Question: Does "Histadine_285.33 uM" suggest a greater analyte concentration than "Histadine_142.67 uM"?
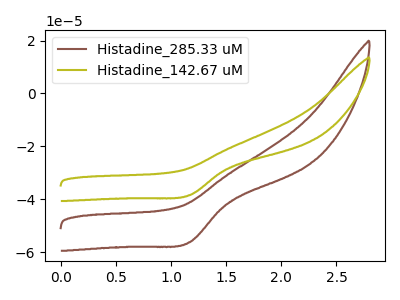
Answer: <think>The brown curve "Histadine_285.33 uM" has a cathodic peak at: (1.15V, -56.25uA). The olive curve "Histadine_142.67 uM" has a cathodic peak at: (1.15V, -38.45uA).
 All the peaks in "Histadine_285.33 uM" have a peak in "Histadine_142.67 uM" at the same potential. Every peak in "Histadine_285.33 uM" is higher than every peak in "Histadine_142.67 uM".</think>
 <answer>"Histadine_285.33 uM" has more signal than "Histadine_142.67 uM".</answer>
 <eval>more_signal</eval>